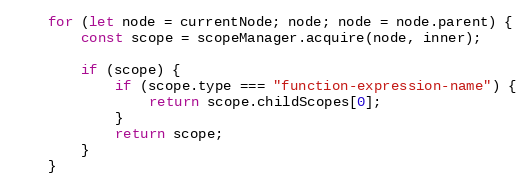
Language: JavaScript
    for (let node = currentNode; node; node = node.parent) {
        const scope = scopeManager.acquire(node, inner);

        if (scope) {
            if (scope.type === "function-expression-name") {
                return scope.childScopes[0];
            }
            return scope;
        }
    }